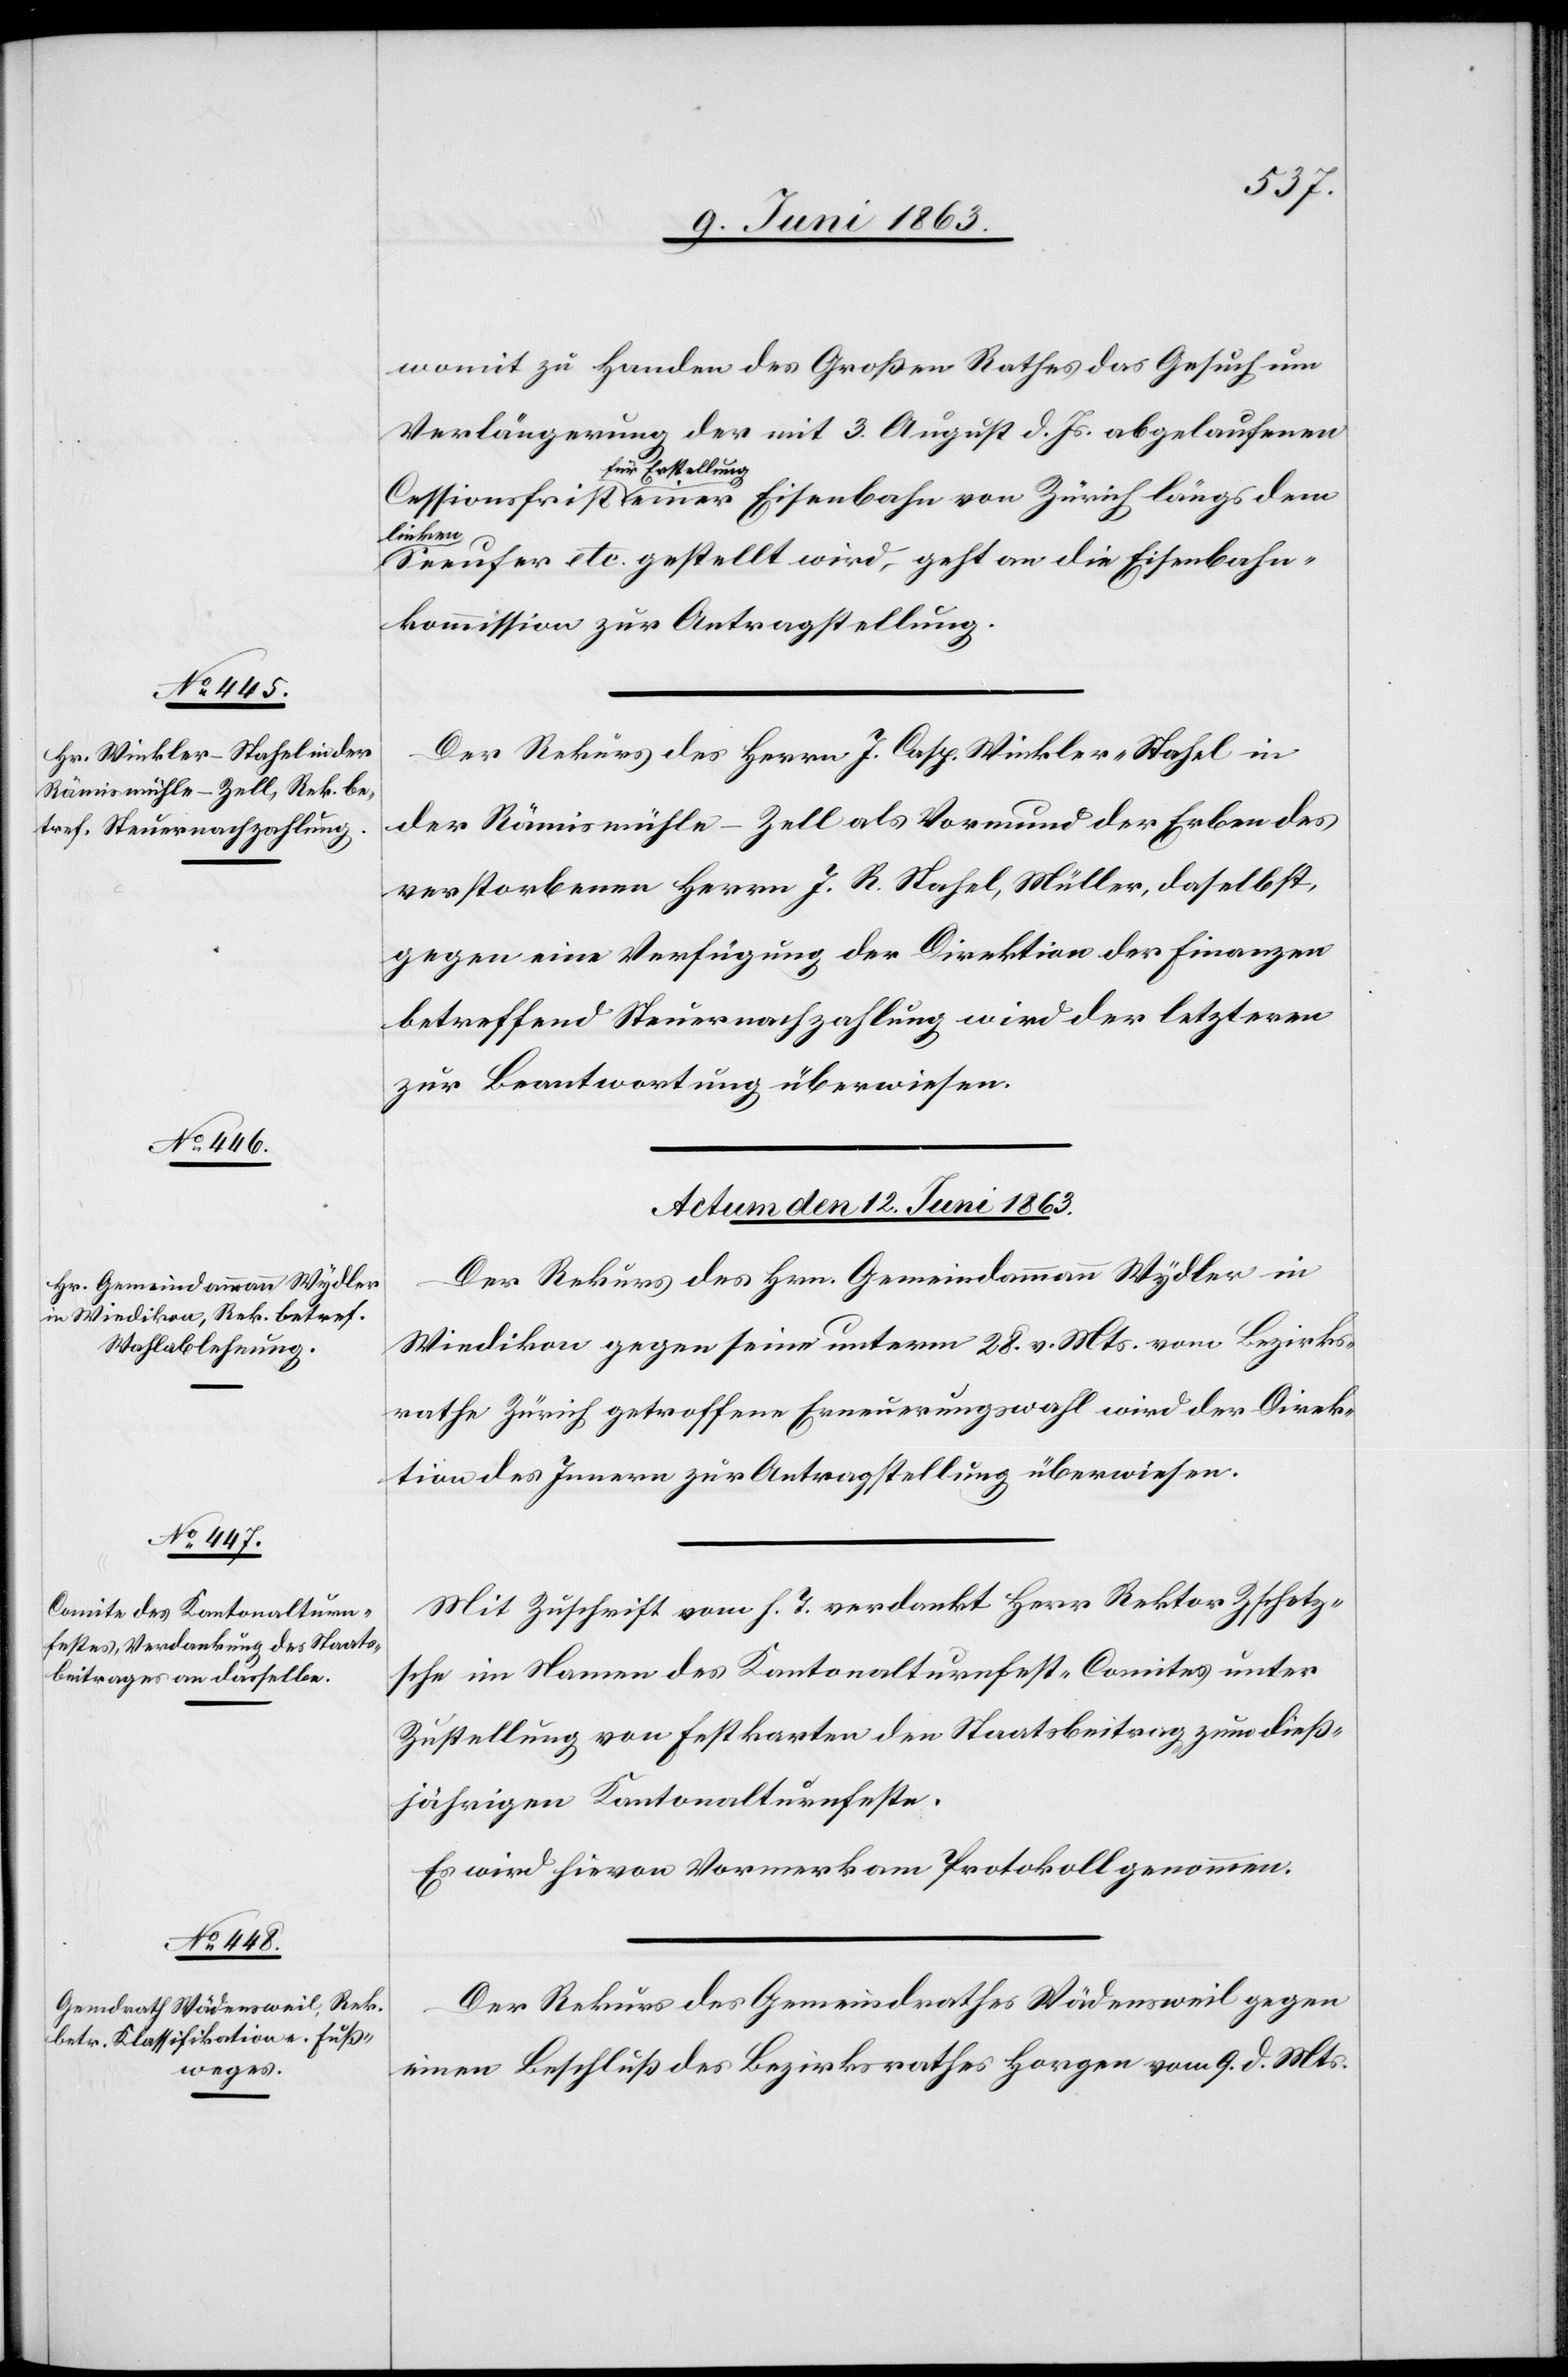
womit zu Handen des Großen Rathes das Gesuch um
Verlängerung der mit 3. August d. Js. abgelaufenen
a-zur Erstellung-a
a-linken-a
Seeufer etc. gestellt wird, geht an die Eisenbahn¬
kommission zur Antragstellung.
Der Rekurs des Herrn J. Casp. Winkler-Stahel in
der Rämismühle-Zell als Vormund der Erben des
verstorbenen Herrn J. R. Stahel, Müller, daselbst,
gegen eine Verfügung der Direktion der Finanzen
betreffend Steuernachzahlung wird der letzteren
zur Beantwortung überwiesen.
Actum den 12. Juni 1863.]
Der Rekurs des Hrn. Gemeindammann Wydler in
Wiedikon gegen seine unterm 28. v. Mts. vom Bezirks¬
rathe Zürich getroffene Erneuerungswahl wird der Direk¬
tion des Innern zur Antragstellung überwiesen.
Mit Zuschrift vom h. T. verdankt Herr Rektor Zschetz¬
sche im Namen des Kantonalturnfest-Comites unter
Zustellung von Festkarten den Staatsbeitrag zum dieß¬
jährigen Kantonalturnfeste.
Es wird hievon Vormerk am Protokoll genommen.
Der Rekurs des Gemeindrathes Wädensweil gegen
einen Beschluß des Bezirksrathes Horgen vom 9. d. Mts.